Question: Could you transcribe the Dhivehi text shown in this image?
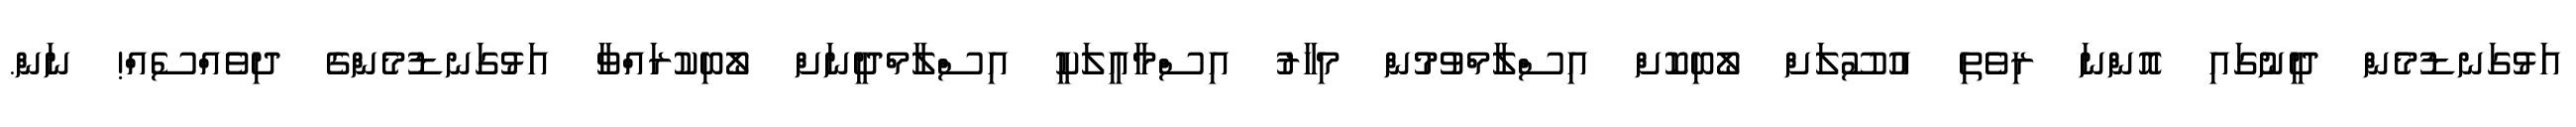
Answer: އަޅުގަނޑުމެން ދީނުގައި އޮންނަ ރިވެތި އުސޫލަށް ލޯބިކޮށް އިސްލާމްވުމުން މިހާރު އިސްމާއީލަކީ އިސްލާމްދީނަށް ލޯބިކުރައްވާ އަޅުގަނޑުމެންގެ ދިވެއްސެއް! ނަން.